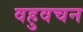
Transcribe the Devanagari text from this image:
वहुवचन